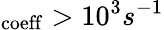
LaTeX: _\mathrm{coeff}>10^{3}s^{-1}